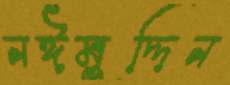
নঈমুদ্দিন